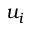
u _ { i }